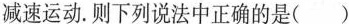
减速运动.则下列说法中正确的是（）